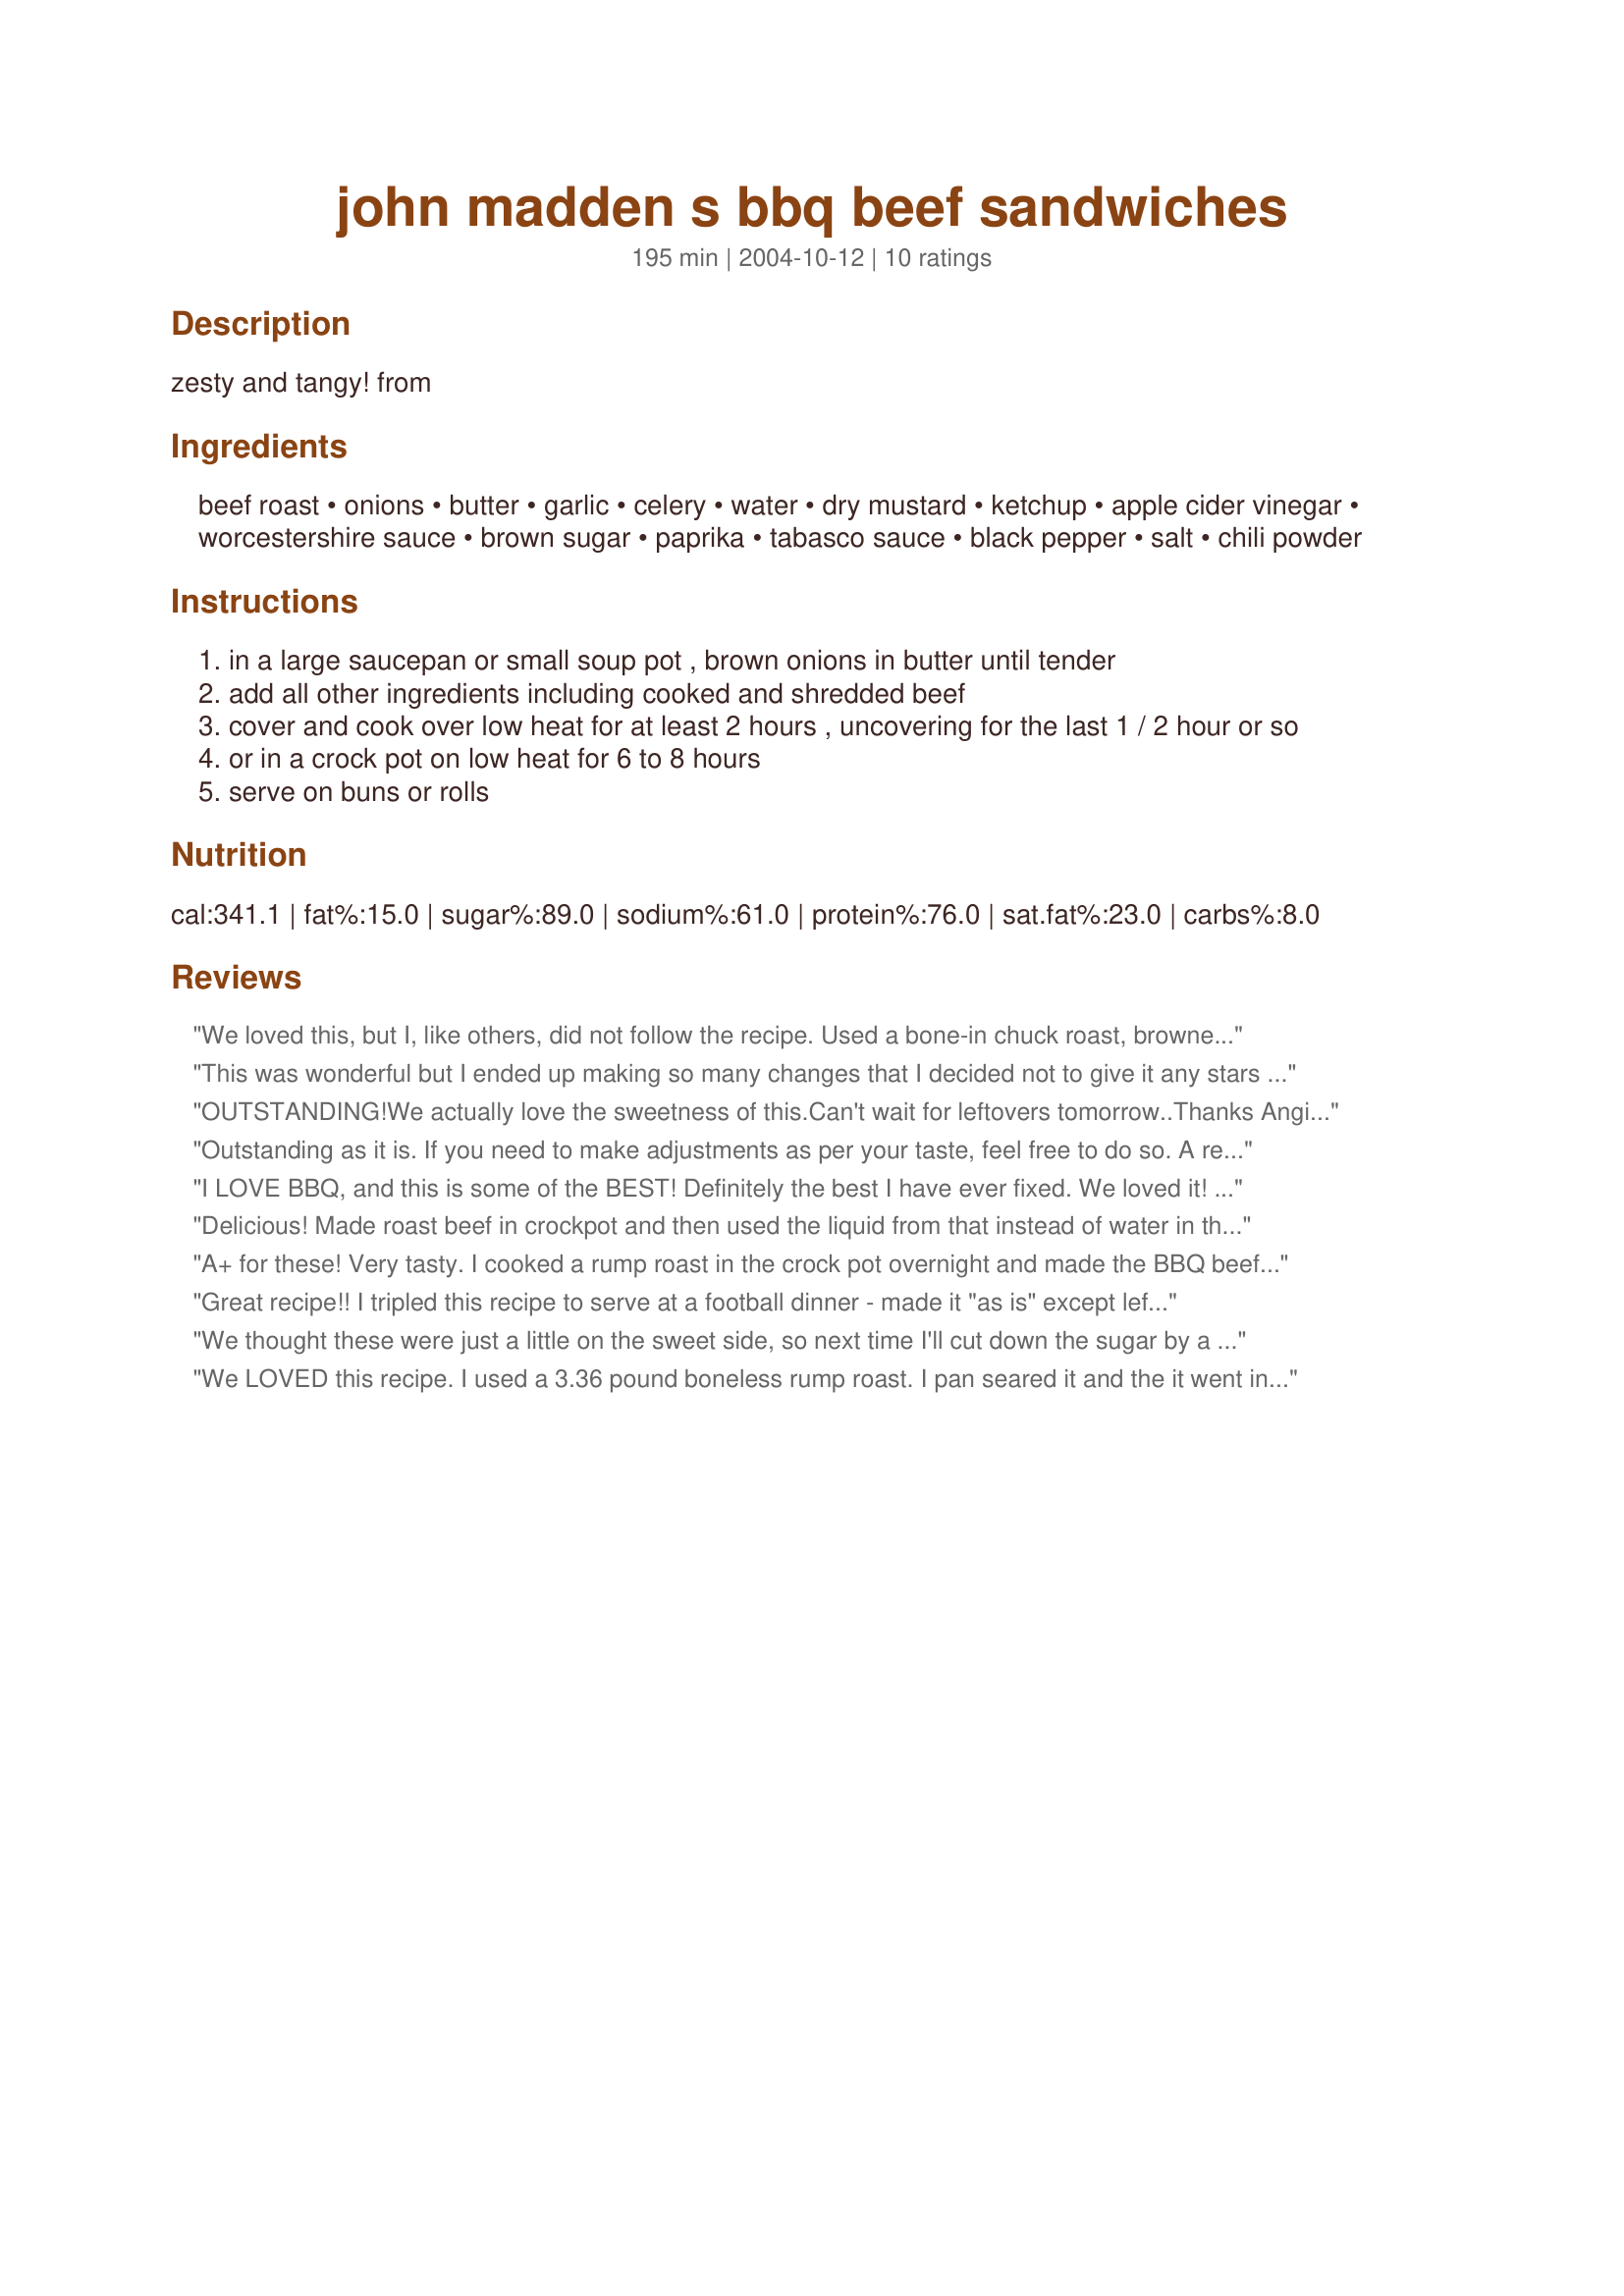
john madden s bbq beef sandwiches
Preparation time: 195 minutes

zesty and tangy! from

Ingredients:
beef roast, onions, butter, garlic, celery, water, dry mustard, ketchup, apple cider vinegar, worcestershire sauce, brown sugar, paprika, tabasco sauce, black pepper, salt, chili powder

Steps:
in a large saucepan or small soup pot , brown onions in butter until tender
add all other ingredients including cooked and shredded beef
cover and cook over low heat for at least 2 hours , uncovering for the last 1 / 2 hour or so
or in a crock pot on low heat for 6 to 8 hours
serve on buns or rolls

Reviews:
We loved this, but I, like others, did not follow the recipe. Used a bone-in chuck roast, browned in a Dutch over, then into oven with 2 cups of water, covered for 2 hours. I didn't have 2 c of ketchup, so used about 1 c plus some bbq sauce and an 8 oz can of tomato sauce. Skipped the Tabasco and used 1/2 t cayenne instead. Used only 1 T sugar and it was plenty sweet for us. Yum!
This was wonderful but I ended up making so many changes that I decided not to give it any stars as I wasn't sure how the original recipe would be. I am reviewing it anyway so I remember what I did for next time and so everyone can see how forgiving this recipe is. I had no ketchup so I planned to use plain tomato sauce. Therefore, I added 50% more cider vinegar, sugar and worcestershire sauce. I also added a bit of extra mustard. I was out of tabasco so I used about 2 tsp of Rooster hot pepper sauce. Then when I was about to add the tomato sauce I found half a bottle of Bullseye Barbeque sauce and ended up using that instead. So it had way more spice than this recipe called for but we thought it was amazing. We like things very spicy so I'm glad I made the changes. However you make this I'm sure it will be good. Thanks for sharing.
OUTSTANDING!We actually love the sweetness of this.Can't wait for leftovers tomorrow..Thanks Angie for a great recipe.
Outstanding as it is. If you need to make adjustments as per your taste, feel free to do so. A recipe is no more than a guide. Break your mother's cardinal rule and play with your food to make it to your taste or simply reject it. It comes down to personal taste.
I LOVE BBQ, and this is some of the BEST! Definitely the best I have ever fixed. We loved it! I made the roast in the crock pot so it would be nice and tender, and I used another reviewer's suggestion of using beef broth instead of water. Other than that, I made it exactly as directed. Thanks for the recipe! It will be going in my favorites.
Delicious! Made roast beef in crockpot and then used the liquid from that instead of water in the recipe, which I also made in the crockpot. Other than that, I followed the recipe. Made great sandwiches for today's football game! Thanks!
A+ for these! Very tasty. I cooked a rump roast in the crock pot overnight and made the BBQ beef the next day. I cooked the shredded beef on the stovetop also. Will surely make again. Thank you!
Great recipe!! I tripled this recipe to serve at a football dinner - made it "as is" except left the celery out because I was serving teens and you never know with them! I cooked my chuck roasts ahead of time in the crock pot and then put it all in an electric roaster and cooked on 200-250 for about 6 hours. The boys went crazy over it and my son said the boys are still talking about the meal. This one is a keeper and will be made again. Thanks for sharing!
We thought these were just a little on the sweet side, so next time I'll cut down the sugar by a Tbsp. We also added a little more water as it cooked-for some reason ours wanted to dry out. Other than that, the blend of flavors was great! I used venison, and had to leave out the celery (dh won't eat anything with celery). We'll definitely be eating this again! Thanks!
We LOVED this recipe. I used a 3.36 pound boneless rump roast. I pan seared it and the it went into a dutch oven, covered, with a little water in the pan. It roasted at 325 degrees for about 3 hours...my meat thermometer said it was overcooked, but the meat till shredded and seemed yummy after it all cooled down. I followed the recipe exactly and was not disappointed. I will make this again and again and for company as well. It was delicious! Thanks EdsGirlAngie for a keeper!
